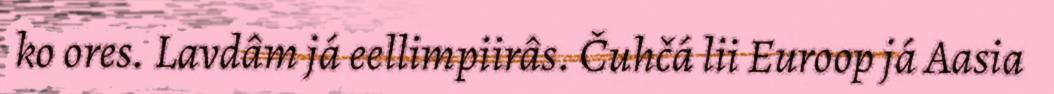
ko ores. Lavdâm já eellimpiirâs. Čuhčá lii Euroop já Aasia